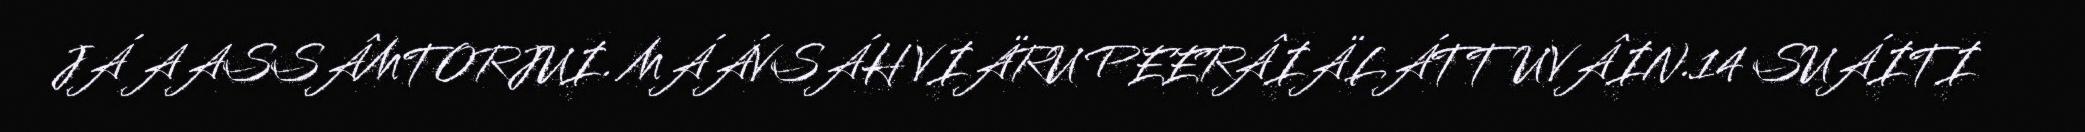
JÁ AASSÂMTORJUI. MÁÁVSÁH VIÄRU PEERÂIÄLÁTTUVÂIN.14 SUÁITI